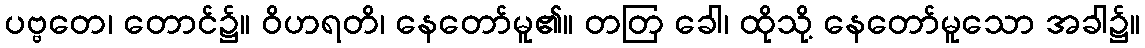
ပဗ္ဗတေ၊ တောင်၌။ ဝိဟရတိ၊ နေတော်မူ၏။ တတြ ခေါ၊ ထိုသို့ နေတော်မူသော အခါ၌။